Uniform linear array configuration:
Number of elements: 32
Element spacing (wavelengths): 0.25
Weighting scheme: kaiser
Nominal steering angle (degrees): -15
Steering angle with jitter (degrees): -16.167
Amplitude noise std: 0.05
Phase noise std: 0.05

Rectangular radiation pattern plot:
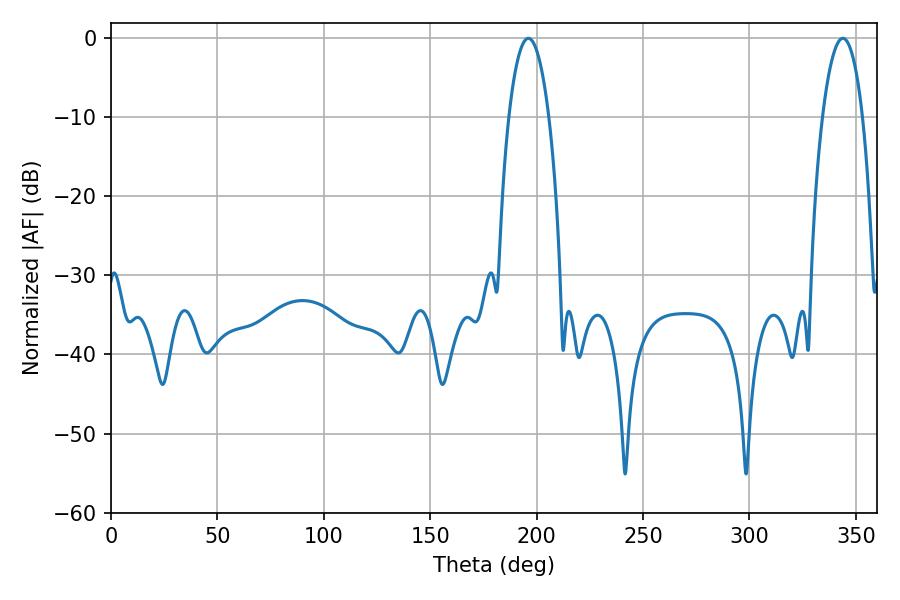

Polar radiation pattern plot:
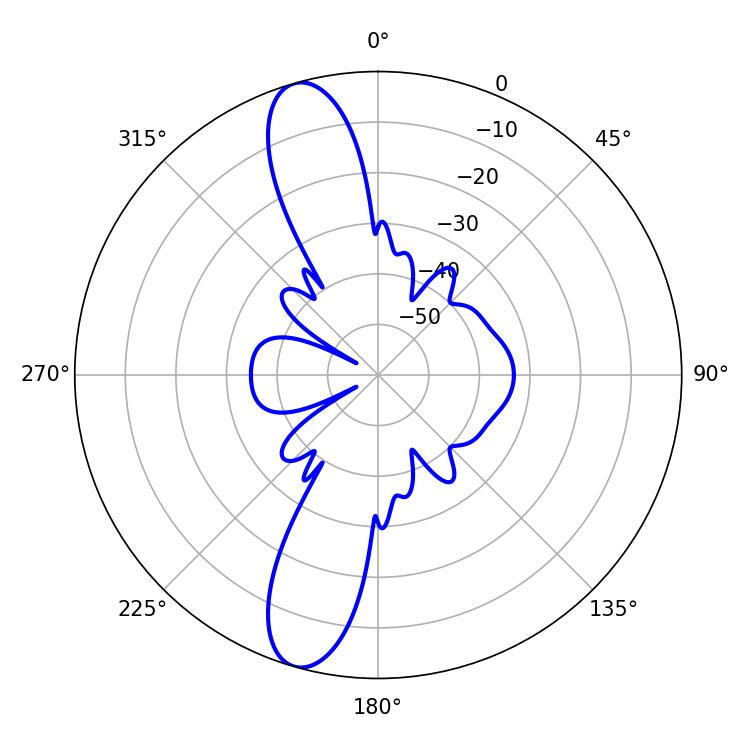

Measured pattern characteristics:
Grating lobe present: FALSE
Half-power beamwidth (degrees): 10.44
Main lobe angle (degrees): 196.2